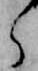
ら